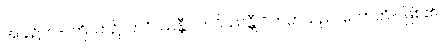
အခါ၌၊ ဝါ- ကြိယာ၌၊ ဘဝိဿန္တီ- ဘဝိဿန္တီ ဝိဘတ်သည်၊ ဟောတိ- ဖြစ်၏။